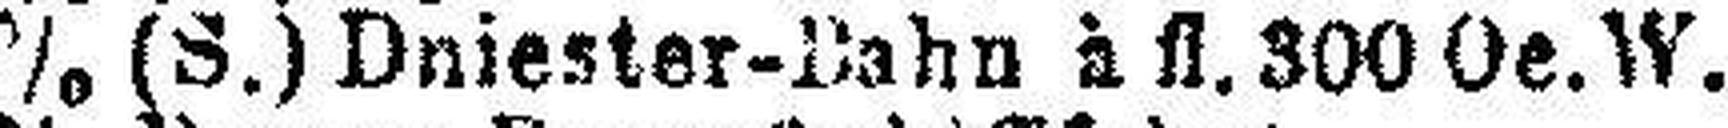
5% (S.) Dniester-Bahn à fl. 300 Oe. W.